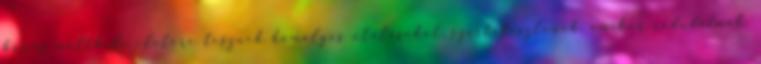
bűnös múltbeli életére tesznek homályos utalásokat, szertefoszlanak, amikor rádudálnak.